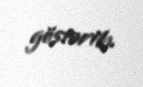
göstərib.